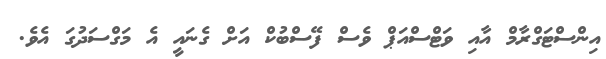
އިންސްޓަގްރާމް އާއި ވަޓްސްއަޕް ވެސް ފޭސްބުކް އަށް ގެނައީ އެ މަގްސަދުގަ އެވެ.